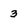
Character: 3